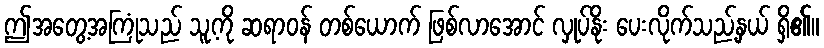
ဤအတွေ့အကြုံသည် သူ့ကို ဆရာဝန် တစ်ယောက် ဖြစ်လာအောင် လှုပ်နိုး ပေးလိုက်သည့်နှယ် ရှိ၏။